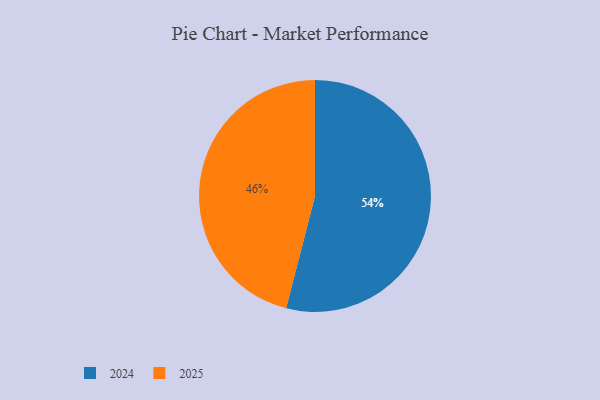
{"axis": {"x": "Category", "y": "Percentage"}, "legend": ["2024", "2025"], "data": [{"x": "2025", "y": 46, "type": "2025"}, {"x": "2024", "y": 54, "type": "2024"}]}